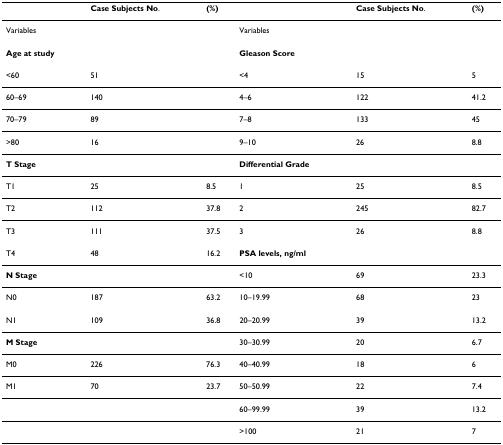
<table><thead><tr><td></td><td><b>Case Subjects No.</b></td><td><b>(%)</b></td><td></td><td><b>Case Subjects No.</b></td><td><b>(%)</b></td></tr></thead><tbody><tr><td>Variables</td><td></td><td></td><td>Variables</td><td></td><td></td></tr><tr><td><b>Age at study</b></td><td></td><td></td><td><b>Gleason Score</b></td><td></td><td></td></tr><tr><td>&lt;60</td><td>51</td><td></td><td>&lt;4</td><td>15</td><td>5</td></tr><tr><td>60–69</td><td>140</td><td></td><td>4–6</td><td>122</td><td>41.2</td></tr><tr><td>70–79</td><td>89</td><td></td><td>7–8</td><td>133</td><td>45</td></tr><tr><td>&gt;80</td><td>16</td><td></td><td>9–10</td><td>26</td><td>8.8</td></tr><tr><td><b>T Stage</b></td><td></td><td></td><td><b>Differential Grade</b></td><td></td><td></td></tr><tr><td>T1</td><td>25</td><td>8.5</td><td>1</td><td>25</td><td>8.5</td></tr><tr><td>T2</td><td>112</td><td>37.8</td><td>2</td><td>245</td><td>82.7</td></tr><tr><td>T3</td><td>111</td><td>37.5</td><td>3</td><td>26</td><td>8.8</td></tr><tr><td>T4</td><td>48</td><td>16.2</td><td><b>PSA levels, ng/ml</b></td><td></td><td></td></tr><tr><td><b>N Stage</b></td><td></td><td></td><td>&lt;10</td><td>69</td><td>23.3</td></tr><tr><td>N0</td><td>187</td><td>63.2</td><td>10–19.99</td><td>68</td><td>23</td></tr><tr><td>N1</td><td>109</td><td>36.8</td><td>20–20.99</td><td>39</td><td>13.2</td></tr><tr><td><b>M Stage</b></td><td></td><td></td><td>30–30.99</td><td>20</td><td>6.7</td></tr><tr><td>M0</td><td>226</td><td>76.3</td><td>40–40.99</td><td>18</td><td>6</td></tr><tr><td>M1</td><td>70</td><td>23.7</td><td>50–50.99</td><td>22</td><td>7.4</td></tr><tr><td></td><td></td><td></td><td>60–99.99</td><td>39</td><td>13.2</td></tr><tr><td></td><td></td><td></td><td>&gt;100</td><td>21</td><td>7</td></tr></tbody></table>